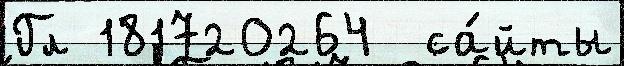
Гл 181720264  са́йты